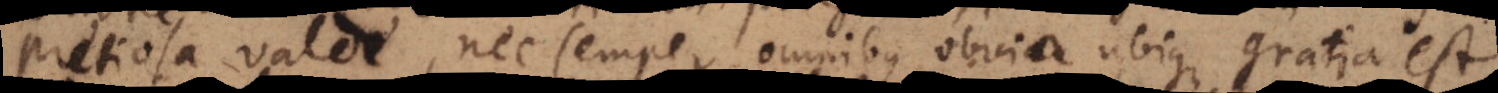
pretiosa valde, nec semper omnibus obvia ubique gratia est.